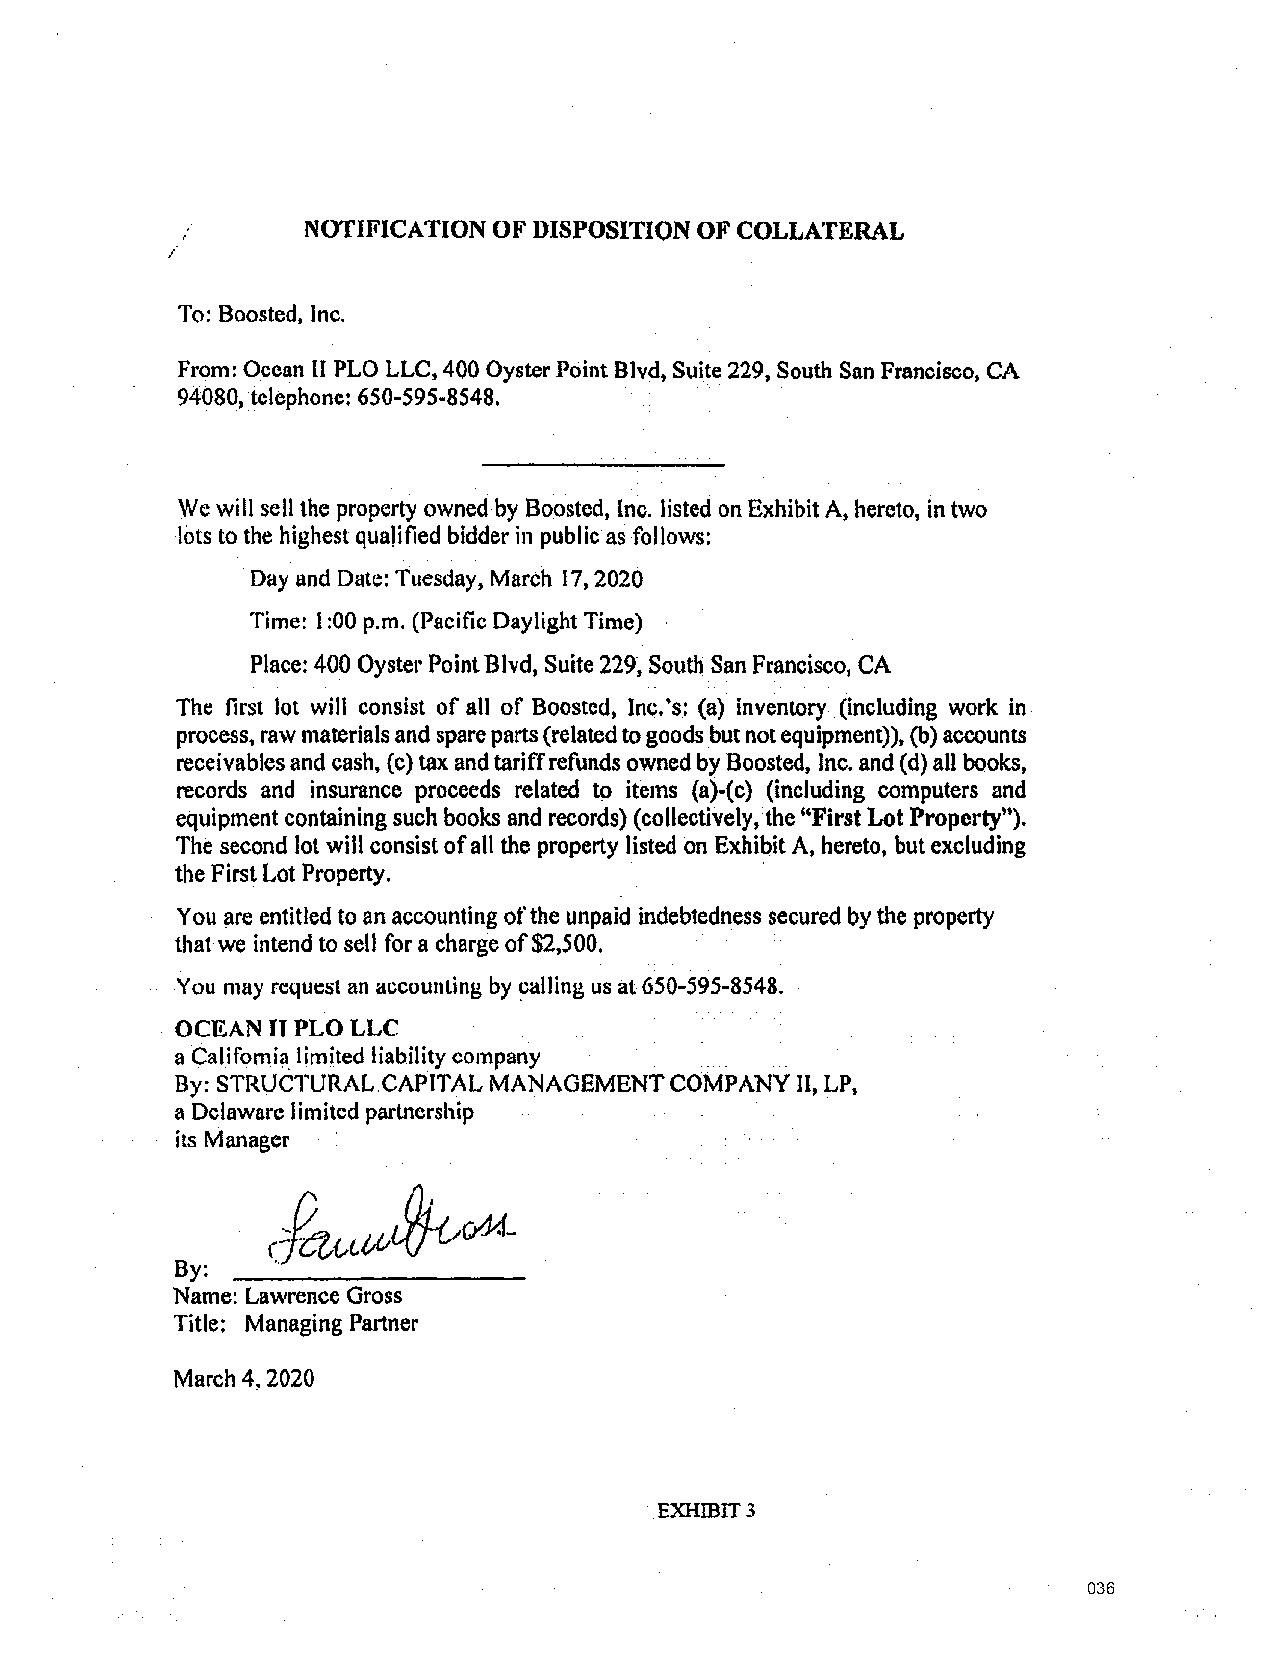
NOTIFICATION OF DISPOSITION OF COLLATERAL
 To: Boosted, Inc.
 From: Ocean [I PLO LLC, 400 Oyster Point Blvd, Suite 229, South San Francisco, CA
 94080, telephone: 650-595-8548.
 We will sell the property owned by Boosted, lnc. listed on Exhibit A, hereto, in two
 as
 lots to the highest quaJitied bidder in public follows:
 · Day and Date: Tuesday, March 17, 2020
 Time: 1: 00 p.m. (Pacific Daylight Time)
 Place: 400 Oyster Point Blvd, Suite 229, South San Francisco, CA
 The first lot will consist of all of Boosted, Inc. 's: (a) inventory (including work in
 process, raw materials and spare parts (related to goods but not equipment)), (b) accounts
 receivables and cash, {c) tax and tariff refunds owned by Boosted, Inc. and (d) all books,
 records and insurance proceeds related to items (a)-(c) (including computers and
 equipment containing such books and records) (collectively, the "First Lot Property").
 The second lot will consist of all the property listed on Exhibit A, hereto, but excluding
 the First Lot Property.               ·
 You are entitled to an accounting of the unpaid indebtedness secured by the property
 that we intend to sell for a charge of $2,500.
 You may request an accounting by ~alJing us at 650-595-8548.
 OCEAN II PLO LLC
 a California_ limited liability company
 By: STRUCTURAL CAPITAL MANAGEMENT COMPANY II, LP,
 a Delaware limited partnership
 its Manager
 By:
 Name: Lawrence Gross
 Title: Managing Pai1ner
 March 4, 2020
 EXHIBIT 3
 036